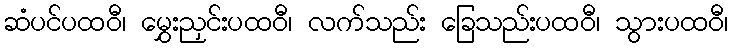
ဆံပင်ပထဝီ၊ မွှေးညှင်းပထဝီ၊ လက်သည်း ခြေသည်းပထဝီ၊ သွားပထဝီ၊